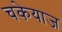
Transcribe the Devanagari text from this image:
चकेयाज